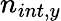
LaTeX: n_{int,y}